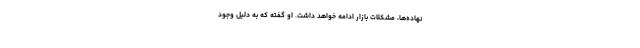
نهاده‌ها، مشکلات بازار ادامه خواهد داشت. او گفته که به دلیل وجود